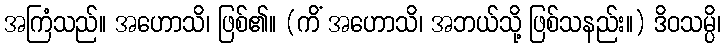
အကြံသည်။ အဟောသိ၊ ဖြစ်၏။ (ကိံ အဟောသိ၊ အဘယ်သို့ ဖြစ်သနည်း။) ဒိဝသမ္ပိ၊